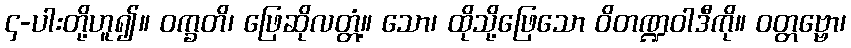
၄-ပါးတို့ဟူ၍။ ဝက္ခတိ၊ ဖြေဆိုလတ္တံ့။ သော၊ ထိုသို့ဖြေသော ဝိတဏ္ဍဝါဒီကို။ ဝတ္တဗ္ဗော၊